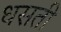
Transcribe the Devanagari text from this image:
धसती